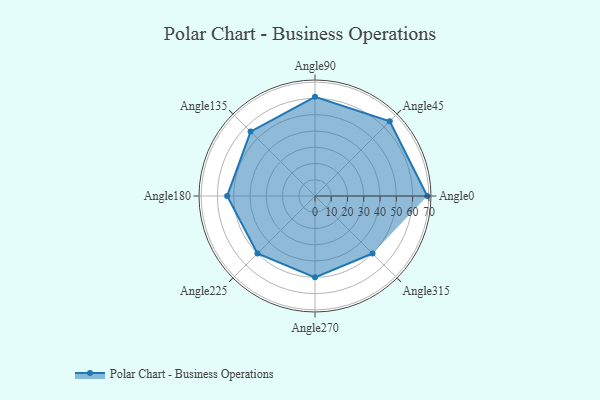
{"axis": {"x": "Angle", "y": "Radius"}, "legend": [""], "data": [{"x": "Angle0", "y": 69.0, "type": ""}, {"x": "Angle45", "y": 65.0, "type": ""}, {"x": "Angle90", "y": 61.0, "type": ""}, {"x": "Angle135", "y": 56.0, "type": ""}, {"x": "Angle180", "y": 54.0, "type": ""}, {"x": "Angle225", "y": 50, "type": ""}, {"x": "Angle270", "y": 50, "type": ""}, {"x": "Angle315", "y": 50, "type": ""}]}